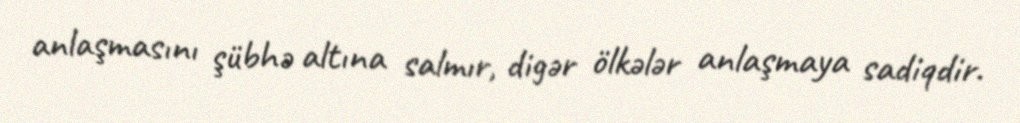
anlaşmasını şübhə altına salmır, digər ölkələr anlaşmaya sadiqdir.